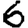
Digit: 6